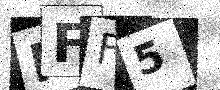
Text: NFF5